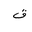
Letter: _qaf